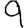
Digit: 9